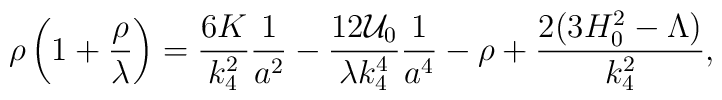
\rho \left( 1+\frac{\rho}{\lambda} \right) = \frac{6K}{k_4^2}\frac1{a^2} - \frac{12{\cal U}_0}{\lambda k_4^4} \frac1{a^4} -\rho + \frac{2(3H_0^2-\Lambda)}{k_4^2},